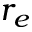
r _ { e }